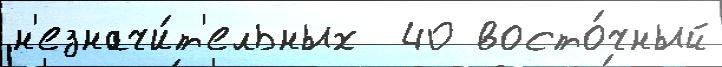
н'езначи́т'ельных  40 восто́чный